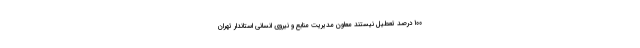
۱۰۰ درصد تعطیل نیستند معاون مدیریت منابع و نیروی انسانی استاندار تهران